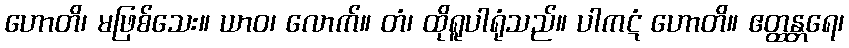
ဟောတိ၊ မဖြစ်သေး။ ယာဝ၊ လောက်။ တံ၊ ထိုရူပါရုံသည်။ ပါကဋံ ဟောတိ။ ဧတ္ထန္တရေ၊